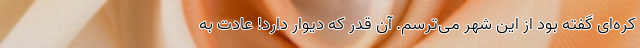
کره‌ای گفته بود از این شهر می‌ترسم. آن قدر که دیوار دارد! عادت به